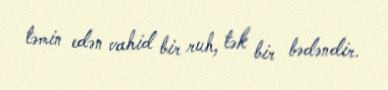
təmin edən vahid bir ruh, tək bir bədəndir.